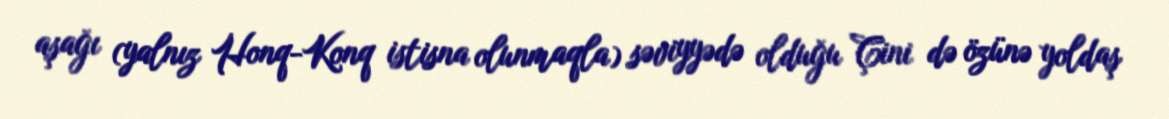
aşağı (yalnız Honq-Konq istisna olunmaqla) səviyyədə olduğu Çini də özünə yoldaş